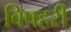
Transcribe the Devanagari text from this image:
बिषहरी